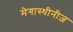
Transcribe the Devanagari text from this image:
मेगास्थीनीज़